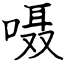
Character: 嗫